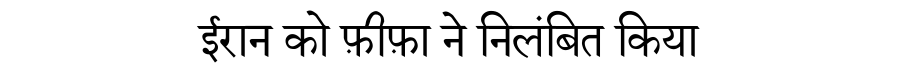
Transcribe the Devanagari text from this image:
ईरान को फ़ीफ़ा ने निलंबित किया